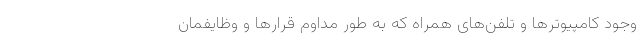
وجود کامپیوترها و تلفن‌های همراه که به طور مداوم قرارها و وظایفمان